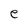
Character: e